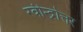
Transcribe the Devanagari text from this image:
रवीन्द्रोत्तर